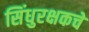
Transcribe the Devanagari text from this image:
सिंधुरक्षकचे